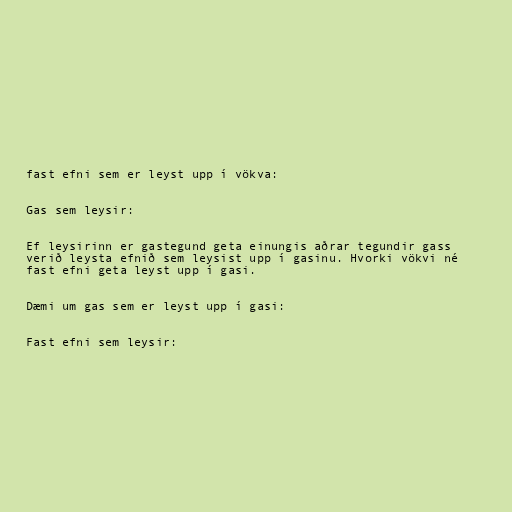
fast efni sem er leyst upp í vökva:

Gas sem leysir:

Ef leysirinn er gastegund geta einungis aðrar tegundir gass
verið leysta efnið sem leysist upp í gasinu. Hvorki vökvi né
fast efni geta leyst upp í gasi.

Dæmi um gas sem er leyst upp í gasi:

Fast efni sem leysir: